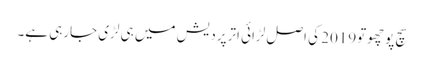
سچ پوچھوتو2019 کی اصل لڑائی اترپردیش میں ہی لڑی جارہی ہے۔